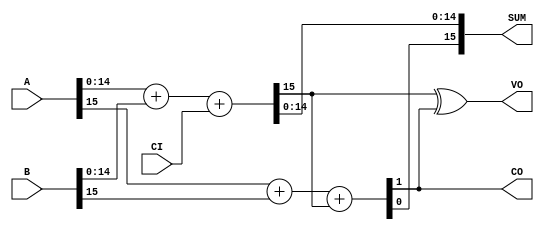
// =======================================================
// 1801VM1 SOFT CPU
// Copyright(C) 2005 Alex Freed, 2008 Viacheslav Slavinsky
// Based on original POP-11 design by Prof.Yoshihiro Iida
//
// Distributed under the terms of Modified BSD License
// ========================================================
// LSI-11 ALU
// --------------------------------------------------------
// April 19, 2010: svo: rol/ror output V = C^N, where C and N are as set after the operation
//                      sxt bit mask 0110 (V is cleared)

module adder(A, B, CI, SUM, CO, VO); 
   input  CI; 
   input [15:0] A; 
   input [15:0] B; 
   output [15:0] SUM; 
   output   CO,VO; 
   wire     tmp;
   wire [14:0]  tmp1;
   wire c1,c2;

   assign   {c1,tmp1} = A[14:0] + B[14:0] + CI;      
   assign   {c2,tmp} = A[15] + B[15] + c1;

   assign   SUM = {tmp,tmp1};   
   assign   CO  = c2;
   assign   VO  = c1 ^ c2;
    
endmodule

module adder8(A, B, CI, SUM, CO, VO); 
   input  CI; 
   input [7:0] A; 
   input [7:0] B; 
   output [7:0] SUM; 
   output   CO,VO; 
   wire     tmp;
   wire [6:0]   tmp1;
   wire     c1,c2;
   
   assign   {c1,tmp1} = A[6:0] + B[6:0] + CI;      
   assign   {c2,tmp} = A[7] + B[7] + c1;

   assign   SUM = {tmp,tmp1};   
   assign   CO  = c2;
   assign   VO  = c1 ^ c2;
    
endmodule

module myalu(in1,in2,ni,ci,mbyte,final_result,ccmask,final_flags, 
         add, adc,sub,sbc,inc2,dec2, inc,dec, clr,
         com,neg,tst,ror,rol,asr,asl,sxt,mov,cmp,
         bit_,bic,bis,exor,swab,
         cc                                         // mystery output, never used
         );
   
   input [15:0] in1;
   input [15:0] in2;
   input    ni,ci,mbyte;
   input    add, adc,sub,sbc,inc2,dec2,inc,dec, clr,com,neg;
   input    tst,ror,rol,asr,asl,sxt,mov,cmp,bit_,bic,bis,exor,swab;
    
   output [3:0] final_flags;
   output [3:0] ccmask;
   
   output   cc;
 
   output [15:0] final_result;   

   reg [15:0]   X;
   reg [15:0]   Y;
   reg      _ci;
   reg  [3:0] flags;
   reg  [3:0] xflags;
   
   wire [15:0]  adder_result;
   wire [7:0]   adder_8_result;

   wire     co,v,z,n,co8,v8,z8,n8;
   wire     use_adder;
   
   reg [15:0]   res;
   wire [15:0]  bit_res;
   
   
   adder adder(X,Y,_ci, adder_result, co,v);
   adder8 adder8(X[7:0],Y[7:0],_ci, adder_8_result, co8,v8);
//(add|adc|sub|sbc|clr|com|neg|test|ror|rol|asr|asl|cmp)? 4'hf:
   assign ccmask = (inc2|dec2)? 4'b0000:
      (sxt)? 4'b0110:
      (inc|dec|mov|bit_|bic|bis )? 4'b1110:
      (exor )? 4'b1110:
       4'b1111; // all the rest

   assign cc = (add| adc|sub|sbc|inc|dec| clr|com|neg|
        tst|ror|rol|asr|asl|sxt|mov|cmp|bit_|bic|bis|exor|swab);
    
   

   assign z= (adder_result == 0);
   assign z8= (adder_8_result == 0);
   assign n = adder_result[15];
   assign n8 = adder_8_result[7];
   
   assign final_result = (use_adder)? (cmp? 0: adder_result): res;
   assign final_flags = (use_adder)? flags: xflags;
   assign use_adder = (add | adc | sub | sbc | inc | dec |inc2 |dec2 |neg|cmp );
   assign bit_res = in1 & in2;
 
  
//   assign     Y = in2;
//   assign     X = add?in1:0;
//   assign     _ci = add?0:ci;
//   assign     flags=  {n,z,v,co};
   wire   zero16,zero8;
   assign zero16 = (res==0);
   assign zero8 = (res[7:0] == 0);

   wire   zero16_1,zero8_1;
   assign zero16_1 = (in2==0);
   assign zero8_1 = (in2[7:0] == 0);
   

    always @* begin
        case (1'b1)   // synthesis parallel_case 
        clr: begin
                res = 0;
                xflags = 4'b0100;
            end
   
        com: begin
                res = ~in2;
                if(mbyte)
                    xflags = { ~in2[7],zero8, 2'b01};
                else
                    xflags = { ~in2[15],zero16, 2'b01};
            end

        tst: begin
                res = 0;
                if(mbyte)
                    xflags = {in2[7], zero8_1, 2'b00};
                else
                    xflags = {in2[15], zero16_1, 2'b00};
            end
            
        ror: begin
                if(mbyte) begin
                    res = {8'b0, ci, in2[7:1]};
                    xflags = {res[7], zero8, res[7]^in2[0],in2[0]}; // nzvc
                end
                else begin
                    res = {ci, in2[15:1]};
                    xflags = {res[15], zero16, res[15]^in2[0],in2[0]};           
                end
            end
            
        rol: begin
                if(mbyte) begin
                    res = {8'b0, in2[6:0], ci};
                    xflags = {res[7], zero8, res[7]^in2[7], in2[7]};
                 end
                 else begin
                    res = { in2[14:0],ci};
                    xflags = { res[15],zero16, res[15]^in2[15],in2[15]};         
                 end
            end
            
        asr: begin
                if(mbyte) begin
                        res = {8'b0,in2[7], in2[7:1]};
                        xflags = { res[7],zero8, in2[0]^in2[7],in2[0]};
                end
                else begin
                        res = { in2[15],in2[15:1]};
                        xflags = { res[15],zero16, in2[0]^in2[15],in2[0]};
                end
            end
            
        asl: begin
                if(mbyte) begin
                    res = {8'b0,in2[6:0], 1'b0};
                    xflags = { res[7],zero8, in2[6]^in2[7],in2[7]};
                end
                else begin
                    res = { in2[14:0],1'b0};
                    xflags = { res[15],zero16, in2[14]^in2[15],in2[15]};
                end
            end
            
        sxt: begin
                if(ni)
                    res = 16'hffff;
                else
                    res = 16'b0;
                //xflags = { 1'b0,~ni,2'b0};
                xflags = {ni, ~ni, 1'b0, ci};
            end
            
        mov: begin
                if(mbyte) begin
                    res =  in2[7]?{8'hff, in2[7:0]}:{8'h00,in2[7:0]};
                    xflags = { res[7],zero8, 2'b0};
                end
                else begin
                    res = in2;
                    xflags = { res[15],zero16, 2'b0};          
                end
            end
  
        bit_: begin
                res = 0; 
                if(mbyte)
                    xflags = {bit_res[7], (bit_res[7:0]==0)?1'b1:1'b0, 2'b0};
                else
                    xflags = {bit_res[15], (bit_res[15:0]==0)?1'b1:1'b0, 2'b0};
            end
            
        bic: begin
                res = in1 & ~in2; 
                if(mbyte)
                    xflags = {res[7], (res[7:0]==0)?1'b1:1'b0, 2'b0};
                else
                    xflags =  {res[15], (res[15:0]==0)?1'b1:1'b0, 2'b0};
            end
            
        bis: begin
                res = in1 | in2; 
                if(mbyte)
                    xflags = {res[7] ,(res[7:0]==0)?1'b1:1'b0  ,2'b0};
                else
                    xflags =  {res[15] ,(res[15:0]==0)?1'b1:1'b0  ,2'b0};
            end
            
        exor: begin
                res = in1 ^ in2; 
                xflags =  {res[15], (res[15:0]==0)?1'b1:1'b0, 2'b0};
            end
            
        swab: begin
                res = {in2[7:0], in2[15:8]}; 
                xflags =  {res[7], (res[7:0]==0)?1'b1:1'b0, 2'b0};
            end

        default: 
            begin
                res = 0;
                xflags = 0;
            end
        endcase
             
      
   end // always @ *
   

    always @* begin
        case (1'b1)     // synthesis parallel_case 
        add: begin
                X <= in1;    
                Y <= in2;
                _ci <= 0;
                flags <=  {n,z,v,co};   
            end 

        adc: begin
                X <= 0;    
                Y <= in2;
                _ci <= ci;
                if(mbyte) begin
                    flags <=  {n8,z8,v8,co8};
                end   
                else  begin
                    flags <=  {n,z,v,co};
                end
            end
      
        sub: begin
                X <= ~in1;    
                Y <= in2;
                _ci <= 1;
                flags <=  {n,z,v,~co};         
            end
      
        sbc: begin
                X <= 16'hFFFF;    
                Y <= in2;
                _ci <= ~ci;
                if(mbyte) begin
                    flags <=  {n8,z8,v8,~co8};
                end   
                else  begin
                    flags <=  {n,z,v,~co};
                end
            end 
    
        inc2: begin
                 X <= 2;     
                 Y <= in2;
                 _ci <= 0;
                 flags <=  0;
              end 
    
        dec2: begin
                 X <= in2;
                 Y <= 'hfffe;
                 _ci <= 0;
                 flags <=  0;
              end 
    
        inc: begin
                 X <= 0;     
                 Y <= in2;
                 _ci <= 1;
                 if(mbyte) begin
                    flags <=  {n8,z8,v8,1'b0};
                 end   
                 else  begin
                    flags <=  {n,z,v,1'b0};
                 end
              end 
    
        dec: begin
                 X <= 'hffff;    
                 Y <= in2;
                 _ci <= 0;
                 if(mbyte) begin
                    flags <=  {n8,z8,v8,1'b0};
                 end   
                 else  begin
                    flags <=  {n,z,v,1'b0};
                 end
              end
               
        neg: begin
                 X <= 'h0000;    
                 Y <= ~in2;
                 _ci <= 1;
                 if(mbyte) begin
                    flags <=  {n8,z8,v8,~co8};
                 end   
                 else  begin
                    flags <=  {n,z,v,~co};
                 end
              end // if (neg)

        cmp: begin
                 X <= ~in1;
                 Y <= in2;
                     _ci <= 1'b1;
                 if(mbyte) begin
                    flags <=  {n8,z8,v8,~co8};
                 end   
                 else  begin
                    flags <=  {n,z,v,~co};
                 end

              end
      
        default:     
               begin
                 X <= 'h0000;    
                 Y <= 'h0000;
                 _ci <= 0;
                 flags <= 4'b0;
              end
        endcase
    end
endmodule